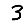
Digit: 3